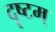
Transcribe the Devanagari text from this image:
दृष्टम्